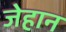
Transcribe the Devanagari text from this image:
जेहान